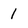
Character: 1